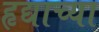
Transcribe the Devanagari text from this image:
हृद्याच्या